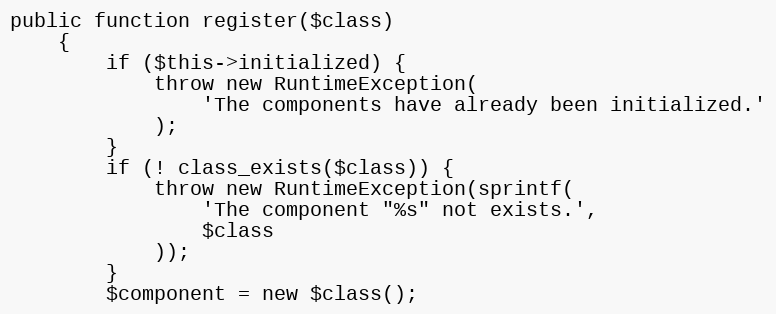
Language: PHP
public function register($class)
    {
        if ($this->initialized) {
            throw new RuntimeException(
                'The components have already been initialized.'
            );
        }
        if (! class_exists($class)) {
            throw new RuntimeException(sprintf(
                'The component "%s" not exists.',
                $class
            ));
        }
        $component = new $class();